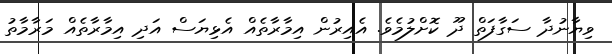
ވިޔާނުދާ ސަގާފަތް ދޫ ކޮށްލުމެވެ. އެއިރުން އިމާރާތެއް އެޅިޔަސް އަދި އިމާރާތެއް މަރާމާތު